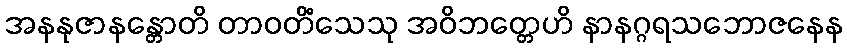
အနနုဇာနန္တောတိ တာဝတိံသေသု အဝိဘတ္တေဟိ နာနဂ္ဂရသဘောဇနေန